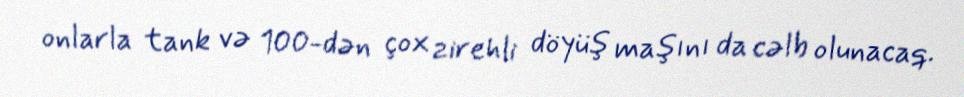
onlarla tank və 100-dən çox zirehli döyüş maşını da cəlb olunacaq.